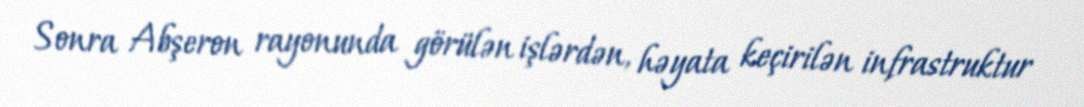
Sonra Abşeron rayonunda görülən işlərdən, həyata keçirilən infrastruktur